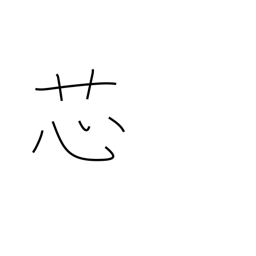
Meaning: wick